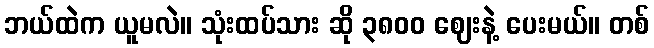
ဘယ်ထဲက ယူမလဲ။ သုံးထပ်သား ဆို ၃၈၀၀ ဈေးနဲ့ ပေးမယ်။ တစ်